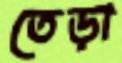
তেড়া